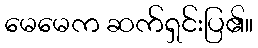
မေမေက ဆက်ရှင်းပြ၏။